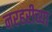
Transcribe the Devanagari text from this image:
नरहरीच्या